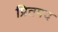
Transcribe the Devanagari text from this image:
प्रितपद